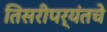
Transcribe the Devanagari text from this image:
तिसरीपर्यंतचे